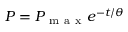
P = P _ { \mathrm { ~ m ~ a ~ x ~ } } e ^ { - t / \theta }